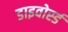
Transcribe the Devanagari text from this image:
डाइवोर्स्ड